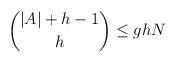
LaTeX: \begin{align*}\binom{ |A| + h - 1}{ h } \leq g h N \end{align*}